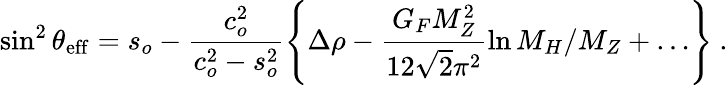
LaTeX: \sin^{2}\theta_{\mathrm{eff}}=s_{o}-\frac{c_{o}^{2}}{c_{o}^{2}-s_{o}^{2}}\left\{ \Delta\rho-\frac{G_{F}M_{Z}^{2}}{12\sqrt{2}\pi^{2}}\ln M_{H}/M_{Z}+\ldots\right\} ~.